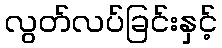
လွတ်လပ်ခြင်းနှင့်